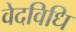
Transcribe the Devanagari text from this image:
वेदविधि